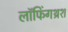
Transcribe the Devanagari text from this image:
लॉफिंगथ्रश